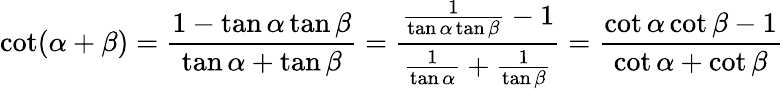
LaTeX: \cot(\alpha+\beta)={\frac{1-\tan\alpha\tan\beta}{\tan\alpha+\tan\beta}}={\frac{{\frac{1}{\tan\alpha\tan\beta}}-1}{{\frac{1}{\tan\alpha}}+{\frac{1}{\tan\beta}}}}={\frac{\cot\alpha\cot\beta-1}{\cot\alpha+\cot\beta}}